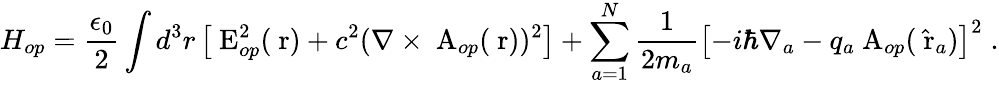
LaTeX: H_{op}=\frac{\epsilon_{0}}{2}\int d^{3}r\left[\mathrm{\mathbf~E}_{op}^{2}(\mathrm{\mathbf~r})+c^{2}(\nabla\times\mathrm{\mathbf~A}_{op}(\mathrm{\mathbf~r}))^{2}\right]+\sum_{a=1}^{N}\frac{1}{2m_{a}}\left[-i\hbar\nabla_{a}-q_{a}\mathrm{\mathbf~A}_{op}(\hat{\mathrm{\mathbf~r}}_{a})\right]^{2}\; .